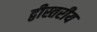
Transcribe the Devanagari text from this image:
द्वीस्तरीय